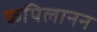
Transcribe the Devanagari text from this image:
कपिलानन